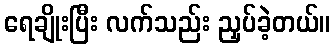
ရေချိုးပြီး လက်သည်း ညှပ်ခဲ့တယ်။